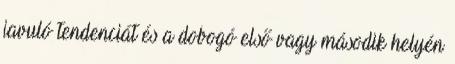
javuló tendenciát és a dobogó első vagy második helyén